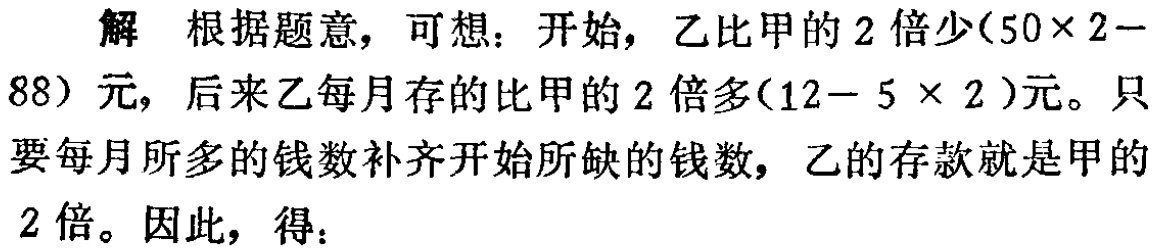
解 根据题意，可想：开始，乙比甲的 2 倍少\((50\times 2 - 88)\)元，后来乙每月存的比甲的 2 倍多\((12 - 5\times 2)\)元。只要每月所多的钱数补齐开始所缺的钱数，乙的存款就是甲的 2 倍。因此，得：